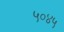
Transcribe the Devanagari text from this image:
५०४५